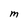
Character: M